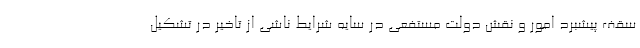
سقف پیشبرد امور و نقش دولت مستفعی در سایه شرایط ناشی از تاخیر در تشکیل